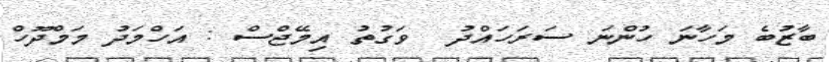
ބާޒުބެ މަހާނަ ހުންނަ ސަރަހައްދު  ވަގުތު އިމޭޖްސް : އަހްމަދު މަމްދޫހް